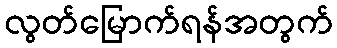
လွတ်မြောက်ရန်အတွက်